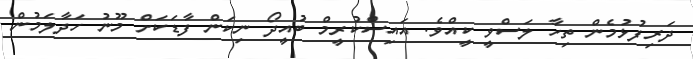
ދަރިފުޅުމެން ތިހާ ލަސްވީ ކީއްވެ. އައިސްކުރީމް ބުއީދޯ ނިކަން ފާޑަކަށް މޫނު ހަދާލަމުން